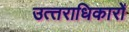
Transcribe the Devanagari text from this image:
उत्‍तराधिकारों